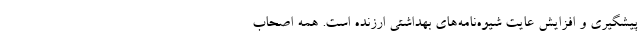
پیشگیری و افزایش عایت شیوه‌نامه‌های بهداشتی ارزنده است. همه اصحاب